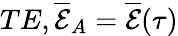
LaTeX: TE,\overline{{\mathcal{E}}}_{A}=\overline{{\mathcal{E}}}(\tau)